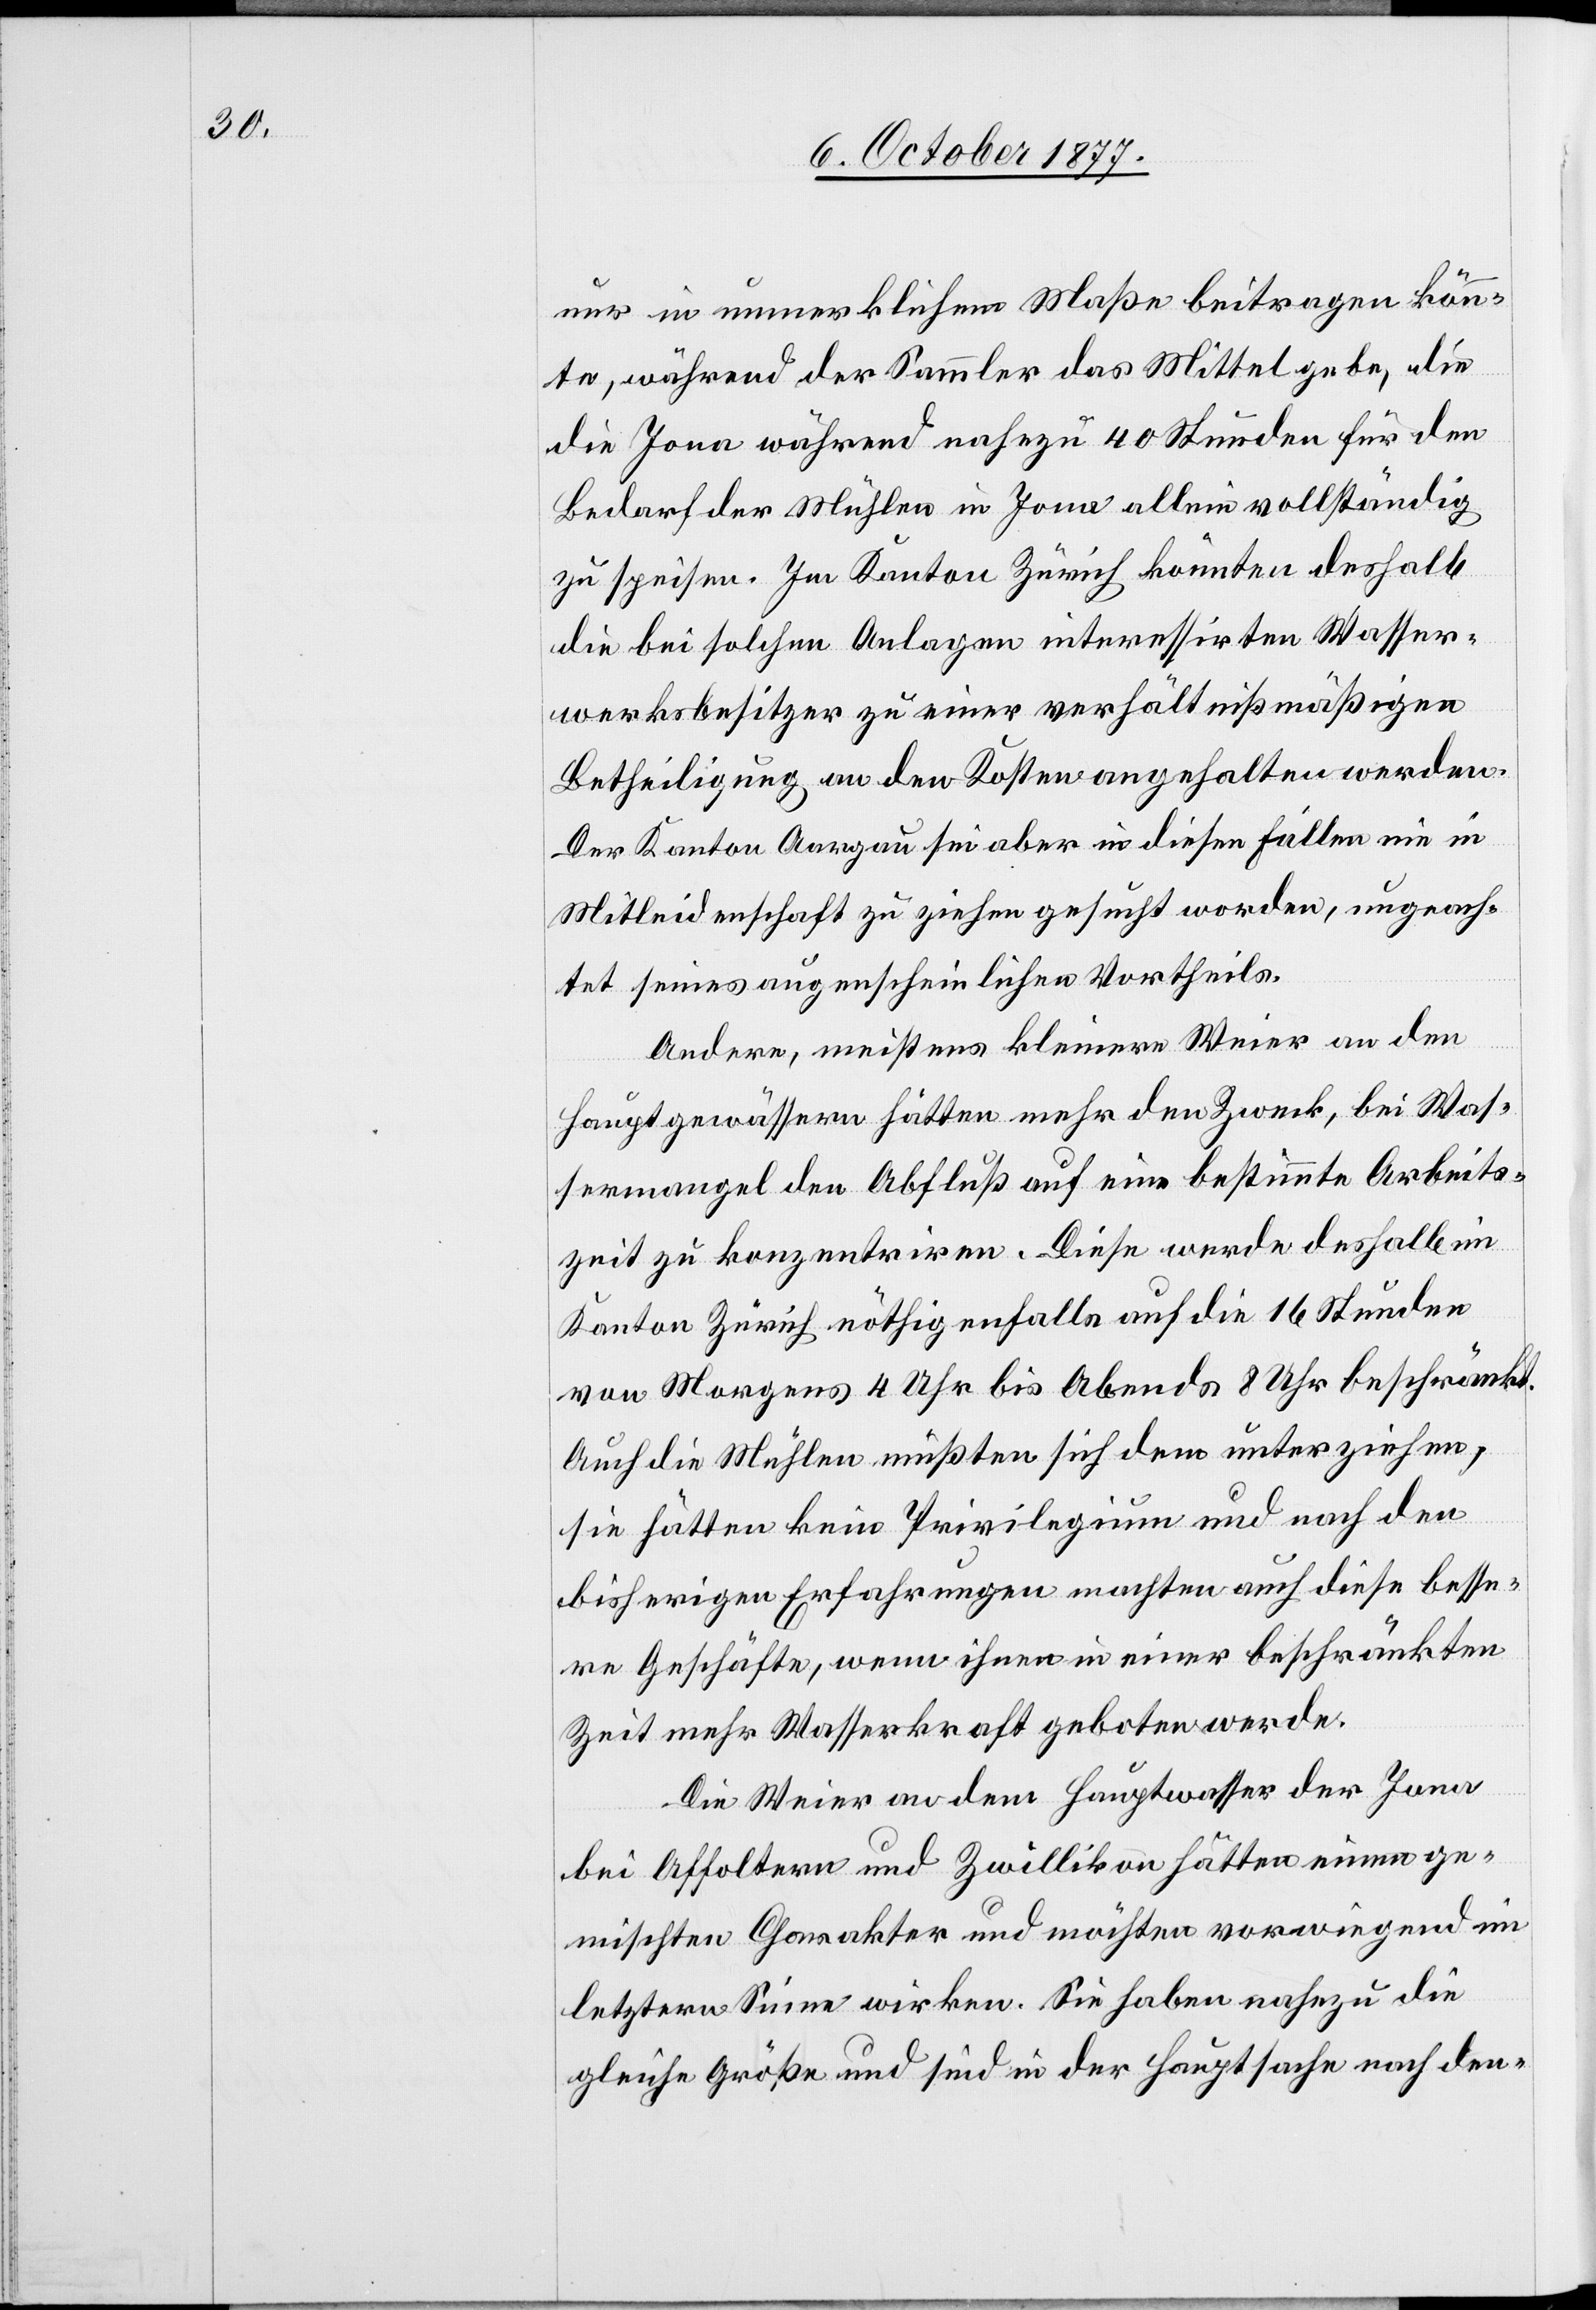
nur in unmerklichem Maße beitragen könn¬
te, während der Sammler das Mittel gebe, die
[sic!] Jona während nahezu 40 Stunden für den
Bedarf der Mühlen in Jona allein vollständig
zu speisen. Im Kanton Zürich könnten deshalb
die bei solchen Anlagen interessirten Wasser¬
werksbesitzer zu einer verhältnißmäßigen
Betheiligung an den Kosten angehalten werden.
Der Kanton Aargau sei aber in diesen Fällen nie in
Mitleidenschaft zu ziehen gesucht worden, ungeach¬
tet seines augenscheinlichen Vortheils.
Andere, meistens kleinere Weier an den
Hauptgewässern hätten mehr den Zweck, bei Was¬
sermangel den Abfluß auf eine bestimmte Arbeits¬
zeit zu konzentriren. Diese werde deshalb im
Kanton Zürich nöthigenfalls auf die 16 Stunden
von Morgens 4 Uhr bis Abends 8 Uhr beschränkt.
Auch die Mühlen müßten sich dem unterziehen,
die
sie hätten kein Privilegium und nach den
bisherigen Erfahrungen machten auch diese besse¬
re Geschäfte, wenn ihnen in einer beschränkten
Zeit mehr Wasserkraft geboten werde.
Die Weier an dem Hauptwasser der Jona
bei Affoltern und Zwillikon hätten einen ge¬
mischten Charakter und möchten vorwiegend im
letztern Sinne wirken. Sie haben nahezu die
gleiche Größe und sind in der Hauptsache nach den-